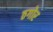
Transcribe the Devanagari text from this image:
ठगोर